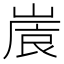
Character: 𡺒